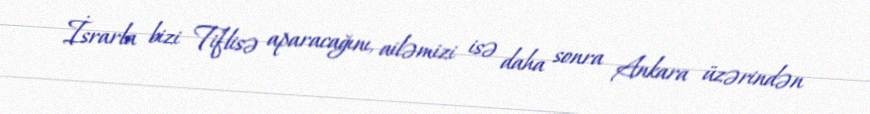
İsrarla bizi Tiflisə aparacağını, ailəmizi isə daha sonra Ankara üzərindən